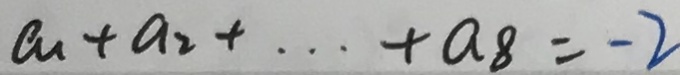
a _ { 1 } + a _ { 2 } + \cdots + a _ { 8 } = - 2